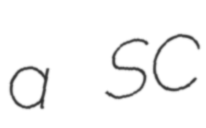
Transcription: a SC